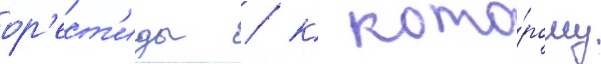
ор'ест'иды / к кото́рому